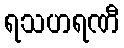
ရသဟရဏီ